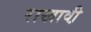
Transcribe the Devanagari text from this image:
राखावी़